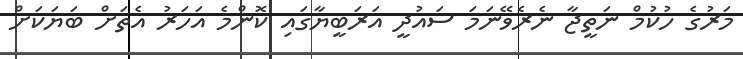
މަރުގެ ހުކުމް ނަތީޖާ ނެރެވޭނަމަ ސައުދީ އަރަބީޔާގައި ކޮންމެ އަަހަރު އެތަށް ބަޔަކަށް